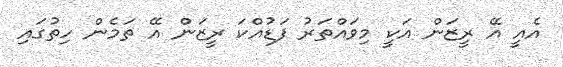
އެއީ އޭ ރީޒަން އަކީ މިވައްތަރު ފަޑުއްކަ ރީޒަން އޭ ތަމެން ހިތުގައި